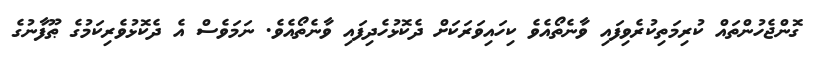
ގޮންޖެހުންތައް ކުރިމަތިކުރެވިފައި ވާނެތޯއެވެ ކިހައިވަރަކަށް ދެކޮޅުހެދިފައި ވާނެތޯއެވެ. ނަމަވެސް އެ ދެކޮޅުވެރިކަމުގެ ޠޫފާނުގެ